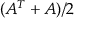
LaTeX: ( A ^ { T } + A ) / 2